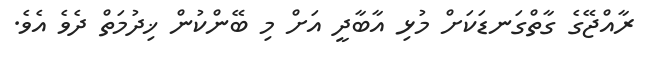
ރާއްޖޭގެ ގާތްގަނޑަކަށް މުޅި އާބާދީ އަށް މި ބޭންކުން ޚިދުމަތް ދެވެ އެވެ.